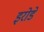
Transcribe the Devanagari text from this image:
इरोडे